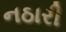
નઠારી